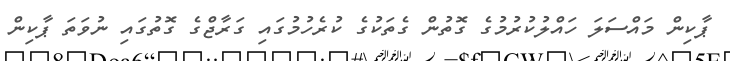
ޕާކިން މައްސަލަ ހައްލުކުރުމުގެ ގޮތުން ގެތަކުގެ ކުރެހުމުގައި ގަރާޖްގެ ގޮތުގައި ނުވަތަ ޕާކިން